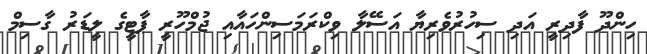
ހިންދޫ ފާދިރީ އަދި ސިހުރުވެރިޔާ އަސޭލާ ވިކްރަމަސިންހައާއި ޖުމްހޫރީ ޕާޓީގެ ލީޑަރު ގާސިމް